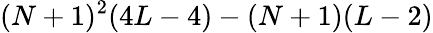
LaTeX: (N+1)^{2}(4L-4)-(N+1)(L-2)